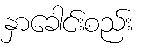
နှာခေါင်းစည်း